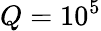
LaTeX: Q=10^{5}